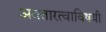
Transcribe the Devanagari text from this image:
अवतारत्वाविषयी